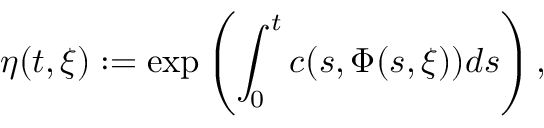
\eta ( t , \xi ) : = \exp \left( \int _ { 0 } ^ { t } c ( s , \Phi ( s , \xi ) ) d s \right) ,